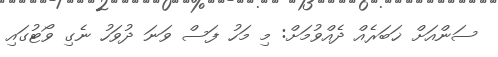
ސަންއަށް ޚަބަރެއް ދެއްވުމަށް: މި މަހު ފަސް ވަނަ ދުވަހު ނެގި ވޯޓުގައި